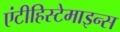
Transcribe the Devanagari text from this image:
एंटीहिस्टेमाइन्स